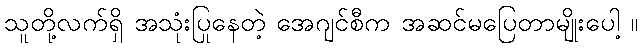
သူတို့လက်ရှိ အသုံးပြုနေတဲ့ အေဂျင်စီက အဆင်မပြေတာမျိုးပေါ့ ။